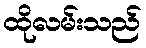
ထိုလမ်းသည်